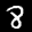
Label: 8